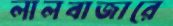
লালবাজারে